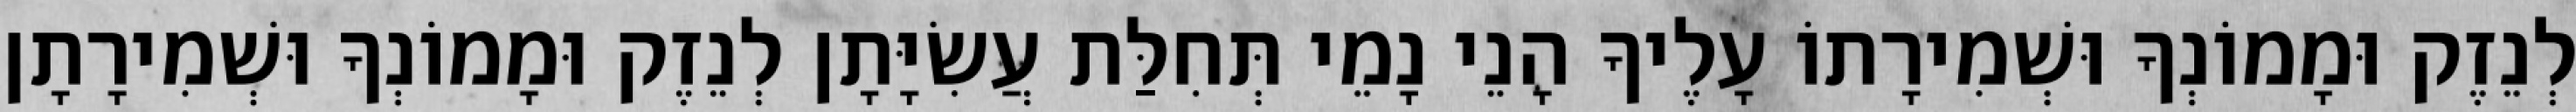
לְנֵזֶק וּמָמוֹנְךָ וּשְׁמִירָתוֹ עָלֶיךָ הָנֵי נָמֵי תְּחִלַּת עֲשִׂיָּתָן לְנֵזֶק וּמָמוֹנְךָ וּשְׁמִירָתָן